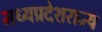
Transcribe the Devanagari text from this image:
मध्यप्रदेशराज्य